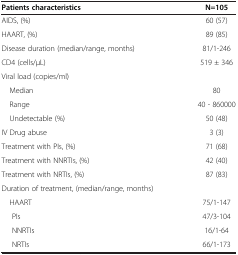
<table><thead><tr><td><b>Patients characteristics</b></td><td><b>N=105</b></td></tr></thead><tbody><tr><td>AIDS, (%)</td><td>60 (57)</td></tr><tr><td>HAART, (%)</td><td>89 (85)</td></tr><tr><td>Disease duration (median/range, months)</td><td>81/1-246</td></tr><tr><td>CD4 (cells/μL)</td><td>519 ± 346</td></tr><tr><td>Viral load (copies/ml)</td><td> </td></tr><tr><td>Median</td><td>80</td></tr><tr><td>Range</td><td>40 - 860000</td></tr><tr><td>Undetectable (%)</td><td>50 (48)</td></tr><tr><td>IV Drug abuse</td><td>3 (3)</td></tr><tr><td>Treatment with PIs, (%)</td><td>71 (68)</td></tr><tr><td>Treatment with NNRTIs, (%)</td><td>42 (40)</td></tr><tr><td>Treatment with NRTIs, (%)</td><td>87 (83)</td></tr><tr><td>Duration of treatment, (median/range, months)</td><td> </td></tr><tr><td>HAART</td><td>75/1-147</td></tr><tr><td>PIs</td><td>47/3-104</td></tr><tr><td>NNRTIs</td><td>16/1-64</td></tr><tr><td>NRTIs</td><td>66/1-173</td></tr></tbody></table>